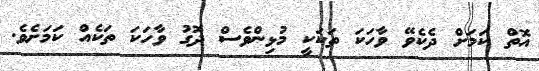
އޮތް ކަމަށް ދެކެވޭ ވާހަކަ ތަކަކީ މުޅިންވެސް ދޮގު ވާހަކަ ތަކެއް ކަމަށެވެ.